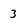
Character: 3